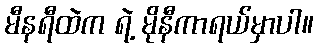
မီနရီထဲက ရဲ့ မိုနီကာရယ်မှာပါ။